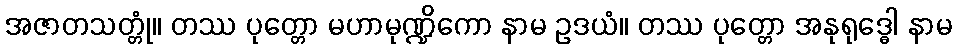
အဇာတသတ္တုံ။ တဿ ပုတ္တော မဟာမုဏ္ဍိကော နာမ ဥဒယံ။ တဿ ပုတ္တော အနုရုဒ္ဓေါ နာမ